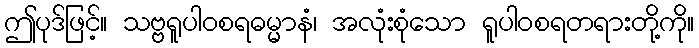
ဤပုဒ်ဖြင့်။ သဗ္ဗရူပါဝစရဓမ္မာနံ၊ အလုံးစုံသော ရူပါဝစရတရားတို့ကို။